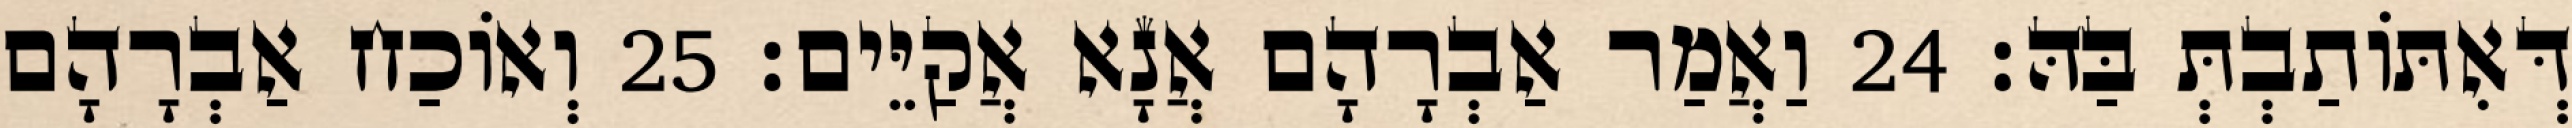
דְּאִתּוֹתַבְתְּ בַּהּ׃ 24 וַאֲמַר אַבְרָהָם אֲנָא אֲקַיֵּים׃ 25 וְאוֹכַח אַבְרָהָם